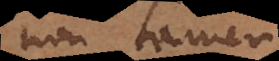
non tamen